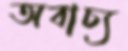
অবাচ্য